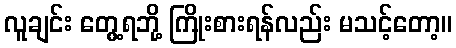
လူချင်း တွေ့ရဘို့ ကြိုးစားရန်လည်း မသင့်တော့။